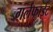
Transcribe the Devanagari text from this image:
गर्लफाईट